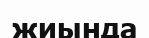
жиында